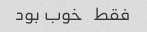
فقط   خوب بود